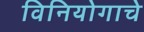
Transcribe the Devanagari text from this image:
विनियोगाचे